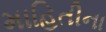
માહિતીના